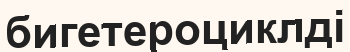
бигетероциклді